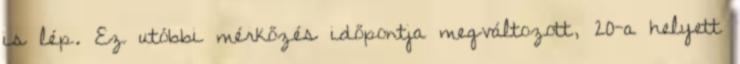
is lép. Ez utóbbi mérkőzés időpontja megváltozott, 20-a helyett